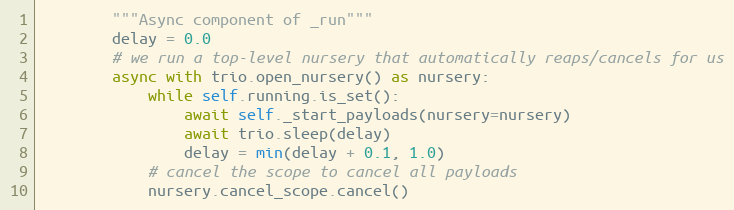
Language: Python
        """Async component of _run"""
        delay = 0.0
        # we run a top-level nursery that automatically reaps/cancels for us
        async with trio.open_nursery() as nursery:
            while self.running.is_set():
                await self._start_payloads(nursery=nursery)
                await trio.sleep(delay)
                delay = min(delay + 0.1, 1.0)
            # cancel the scope to cancel all payloads
            nursery.cancel_scope.cancel()